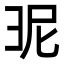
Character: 𭛎